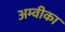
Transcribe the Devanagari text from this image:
अम्वीका